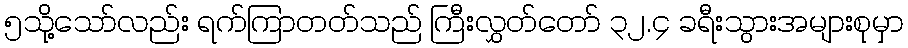
၅သို့သော်လည်း ရက်ကြာတတ်သည် ကြီးလွှတ်တော် ၃၂.၄ ခရီးသွားအများစုမှာ